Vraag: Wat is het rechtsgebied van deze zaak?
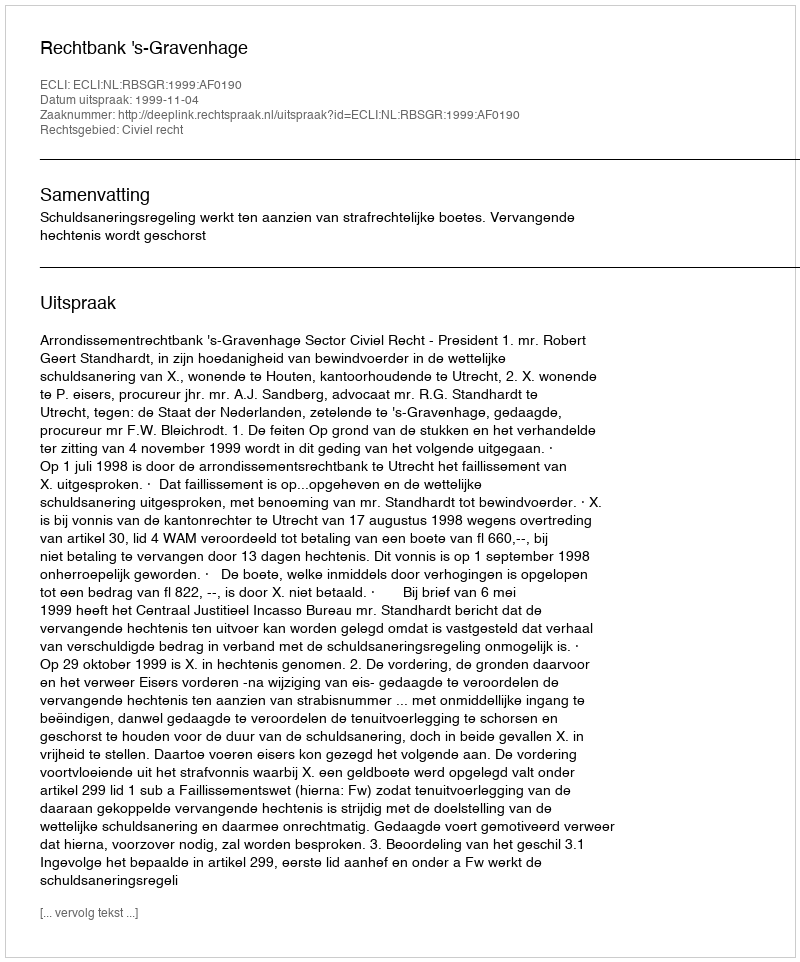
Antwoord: Civiel recht